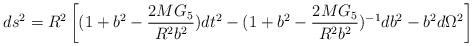
LaTeX: \begin{align*}ds^2=R^2\left[(1+b^2-{2MG_5 \over R^2 b^2})dt^2 - (1+b^2-{2MG_5\over R^2 b^2})^{-1}db^2 - b^2 d\Omega^2\right]\end{align*}